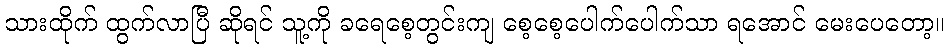
သားထိုက် ထွက်လာပြီ ဆိုရင် သူ့ကို ခရေစေ့တွင်းကျ စေ့စေ့ပေါက်ပေါက်သာ ရအောင် မေးပေတော့။